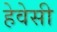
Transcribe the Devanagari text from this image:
हेवेसी